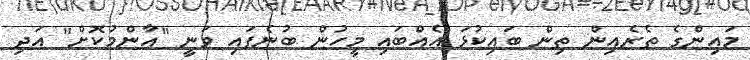
މައިންގެ ތެރެއިން ތިން ބައިކުޅަ އެއްބައި މީހުން ބުނެފައި ވަނީ "އާންމުކޮށް" އަދި